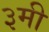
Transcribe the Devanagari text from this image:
३मी